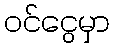
ဝင်ငွေမှာ